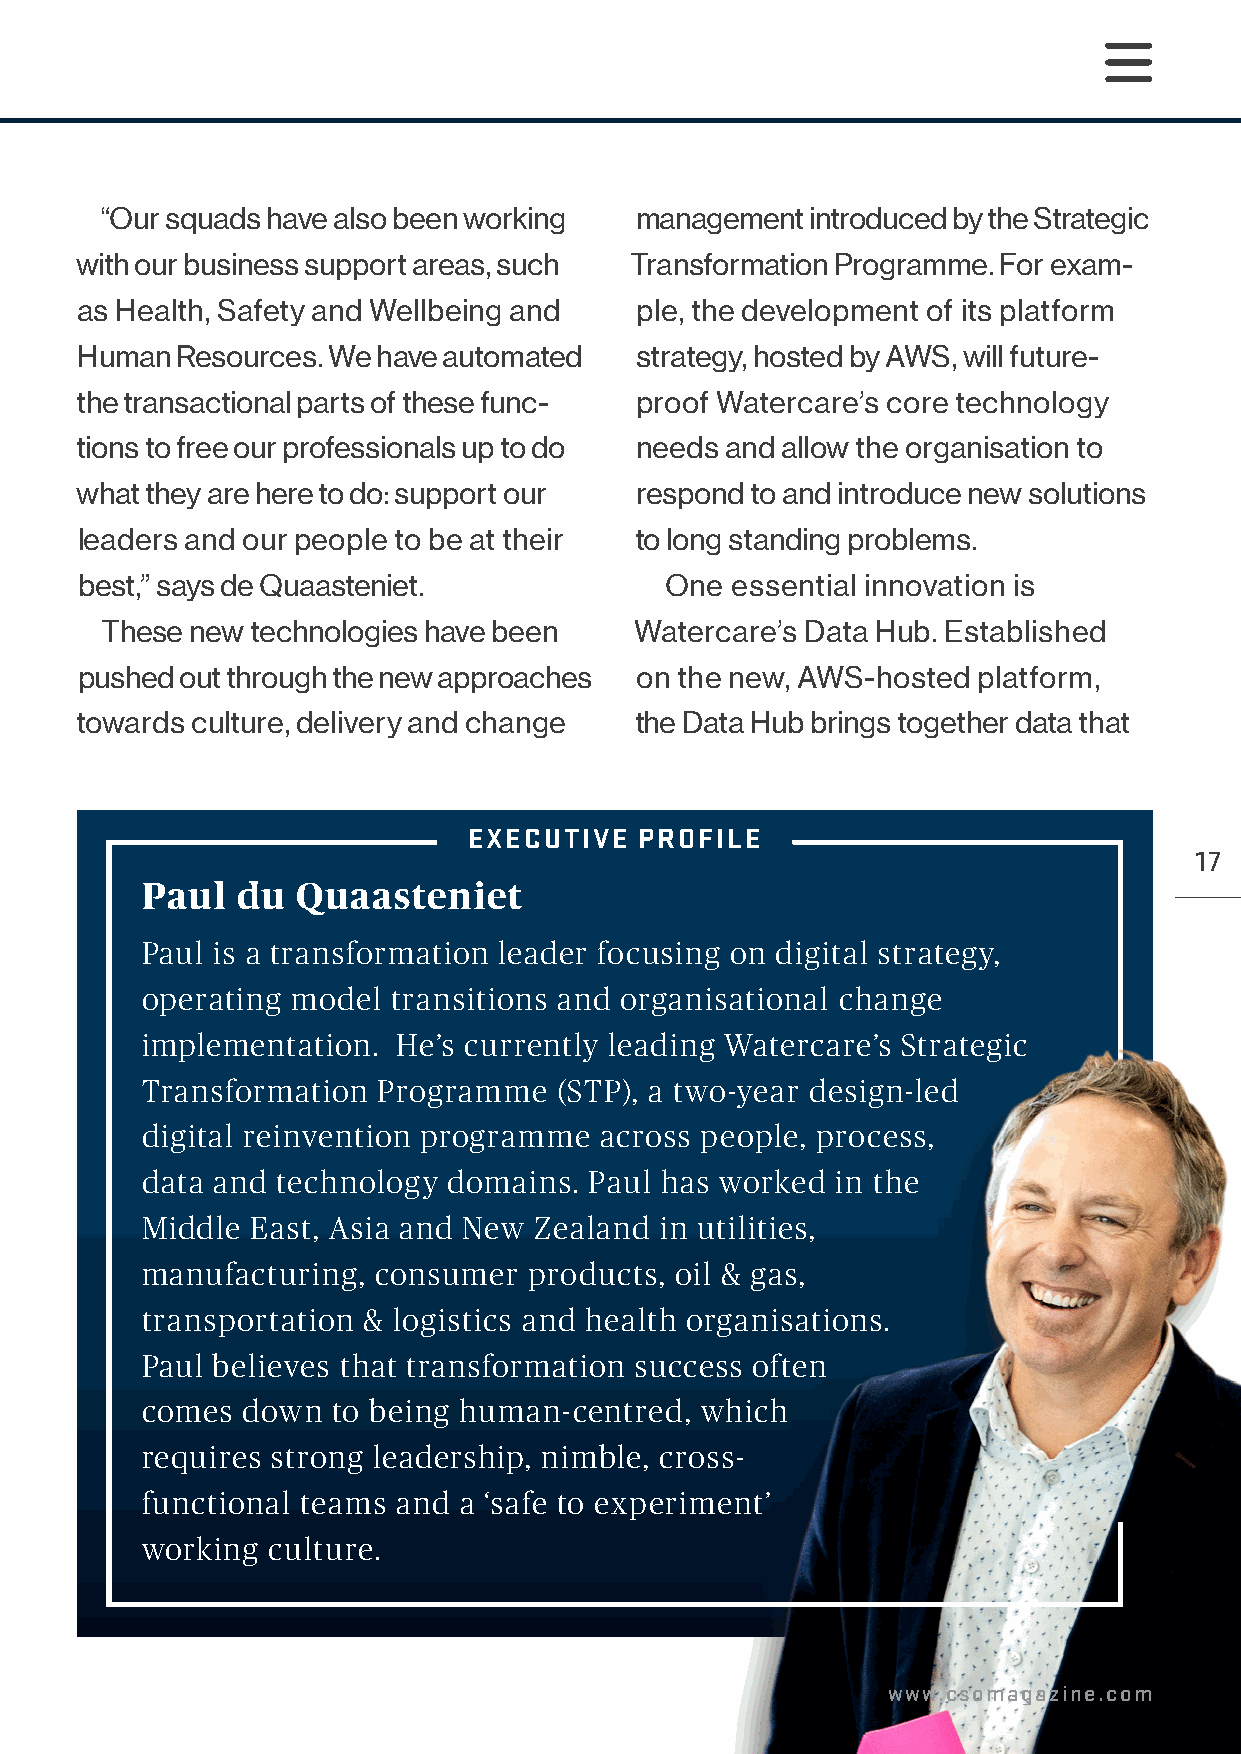
“Our squads have also been working management  introduced by the Strategic
 with our business support areas, such Transformation Programme. For exam-
 as Health, Safety and Wellbeing and  ple, the development of its platform
 Human  Resources. We have automated  strategy, hosted by AWS, will future-
 the transactional parts of these func- proof Watercare’s core technology
 tions to free our professionals up to do needs and allow the organisation to
 what they are here to do: support our respond to and introduce new solutions
 leaders and our people to be at their to long standing problems.
 best,” says de Quaasteniet.            One essential innovation is
 These new technologies have been   Watercare’s Data Hub. Established
 pushed out through the new approaches on the new, AWS-hosted platform,
 towards culture, delivery and change the Data Hub brings together data that
 EEXXEECCUUTTIIVVEE PPRROOFFIILLEE
 17
 Paul   du  Quaasteniet
 Paul is a transformation leader focusing on digital strategy,
 operating model  transitions and organisational change
 implementation.  He’s currently leading Watercare’s Strategic
 Transformation  Programme   (STP), a two-year design-led
 digital reinvention programme  across people, process,
 data and technology  domains. Paul has worked in the
 Middle  East, Asia and New Zealand in utilities,
 manufacturing,  consumer  products, oil & gas,
 transportation & logistics and health organisations.
 Paul believes that transformation success often
 comes  down  to being human-centred, which
 requires strong leadership, nimble, cross-
 functional teams and a ‘safe to experiment’
 working  culture.
 www.csomagazine.com